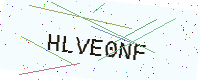
Text: HLVE0NF